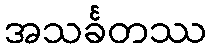
အသင်္ခတဿ